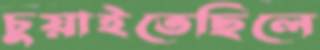
চুয়াইতেছিলে